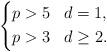
LaTeX: \begin{align*}\left\{\begin{aligned}&p>5&&d=1,\\&p>3&&d\geq 2.\end{aligned}\right.\end{align*}